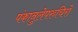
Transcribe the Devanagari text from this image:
पंकानुलेपरुचिरो